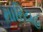
મારિયહ